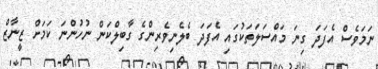
ނަމަވެސް އެފަދަ ގިނަ މައްސަލަތަކުގައި އެފަދަ ބެލެނިވެރިންގެ ގާބިލްކަން ނުހުންނަ ކަމަށް ޒީނާޒް